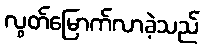
လွတ်မြောက်လာခဲ့သည်